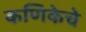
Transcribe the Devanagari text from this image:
कणिकेचे